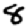
Digit: 8